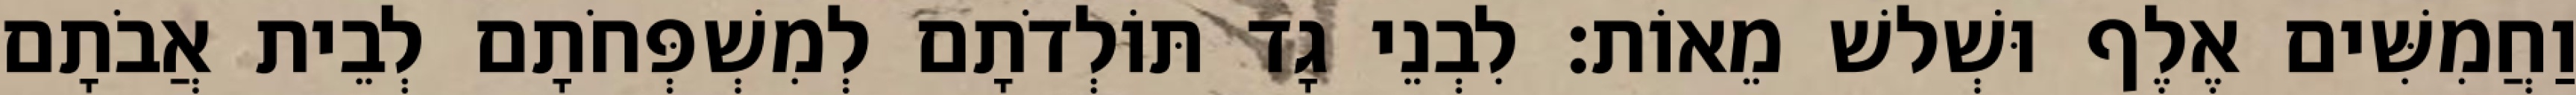
וַחֲמִשִּׁים אֶלֶף וּשְׁלשׁ מֵאוֹת׃ לִבְנֵי גָד תּוֹלְדֹתָם לְמִשְׁפְּחֹתָם לְבֵית אֲבֹתָם